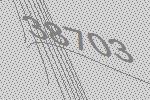
38703